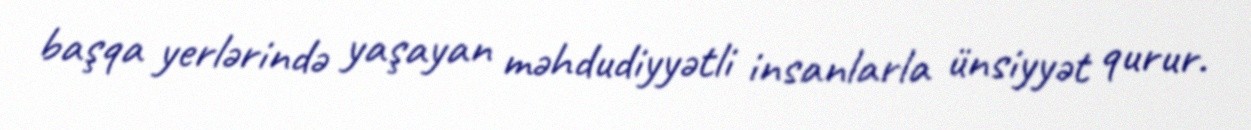
başqa yerlərində yaşayan məhdudiyyətli insanlarla ünsiyyət qurur.